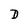
Character: D